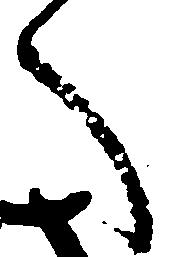
へ